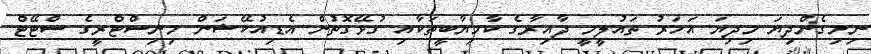
ނިމިގެންދިޔަ މިދިޔަ އަހަރު ތައުލީމީ ދާއިރާގެ ކާމިޔާބީތަކާއި ގުޅޭގޮތުން އެޑިއުކޭޝަން މިނިސްޓްރީގެ ސްޓޭޓް